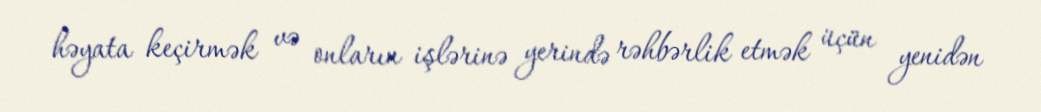
həyata keçirmək və onların işlərinə yerində rəhbərlik etmək üçün yenidən